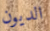
الديون